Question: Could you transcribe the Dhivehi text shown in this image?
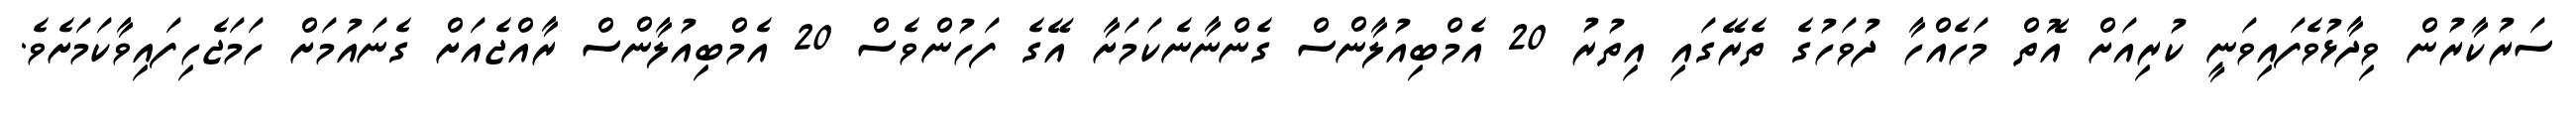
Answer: ސަރުކާރުން ވިދާޅުވެފައިވަނީ ކުރިއަށް އޮތް މަހެއްހާ ދުވަހުގެ ތެރޭގައި އިތުރު 20 އެމްބިއުލާންސް ގެންނާނެކަމަށާ އޭގެ ފަހުންވެސް 20 އެމްބިއުލާންސް ރާއްޖެއަށް ގެނައުމަށް ހަމަޖެހިފައިވާކަމަށެވެ.